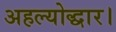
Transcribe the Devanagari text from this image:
अहल्योद्धार।